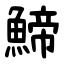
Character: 䱱